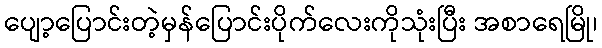
ပျော့ပြောင်းတဲ့မှန်ပြောင်းပိုက်လေးကိုသုံးပြီး အစာရေမြို၊